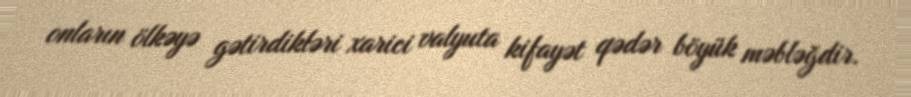
onların ölkəyə gətirdikləri xarici valyuta kifayət qədər böyük məbləğdir.